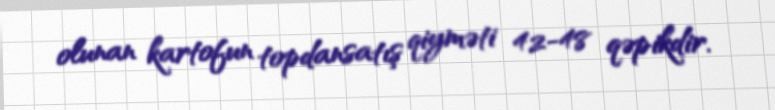
olunan kartofun topdansatış qiyməti 42-48 qəpikdir.